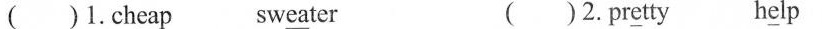
( )1.Ch\underline{ea}p sw\underline{ea}ter ( )2.Pr\underline{e}tty h\underline{e}lp